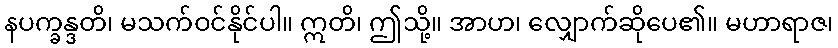
နပက္ခန္ဒတိ၊ မသက်ဝင်နိုင်ပါ။ ဣတိ၊ ဤသို့။ အာဟ၊ လျှောက်ဆိုပေ၏။ မဟာရာဇ၊